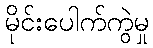
မိုင်းပေါက်ကွဲမှု